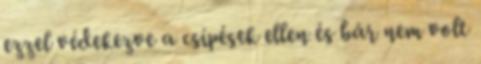
ezzel védekezve a csípések ellen és bár nem volt